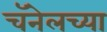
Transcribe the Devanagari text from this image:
चॅनेलच्या